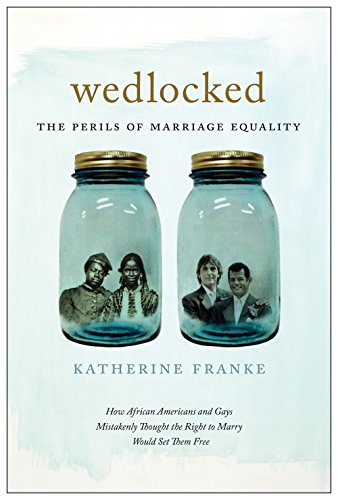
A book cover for Wedlocked: The Perils of Marriage Equality (Sexual Cultures); Katherine Franke; Gay & Lesbian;